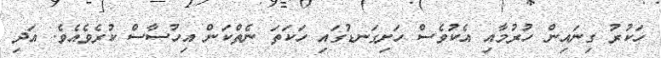
ހަކުރު ގިނައިން ހުރުމާއި އެކުވެސް ހަށިގަނޑުގައި ހަކަތަ ނެތްކަން އިހުސާސް ކުރެވެއެވެ. އަދި